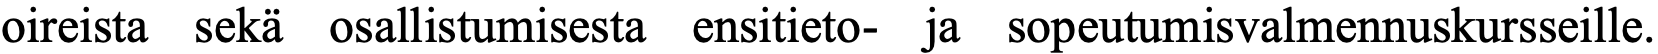
oireista sekä osallistumisesta ensitieto- ja sopeutumisvalmennuskursseille.